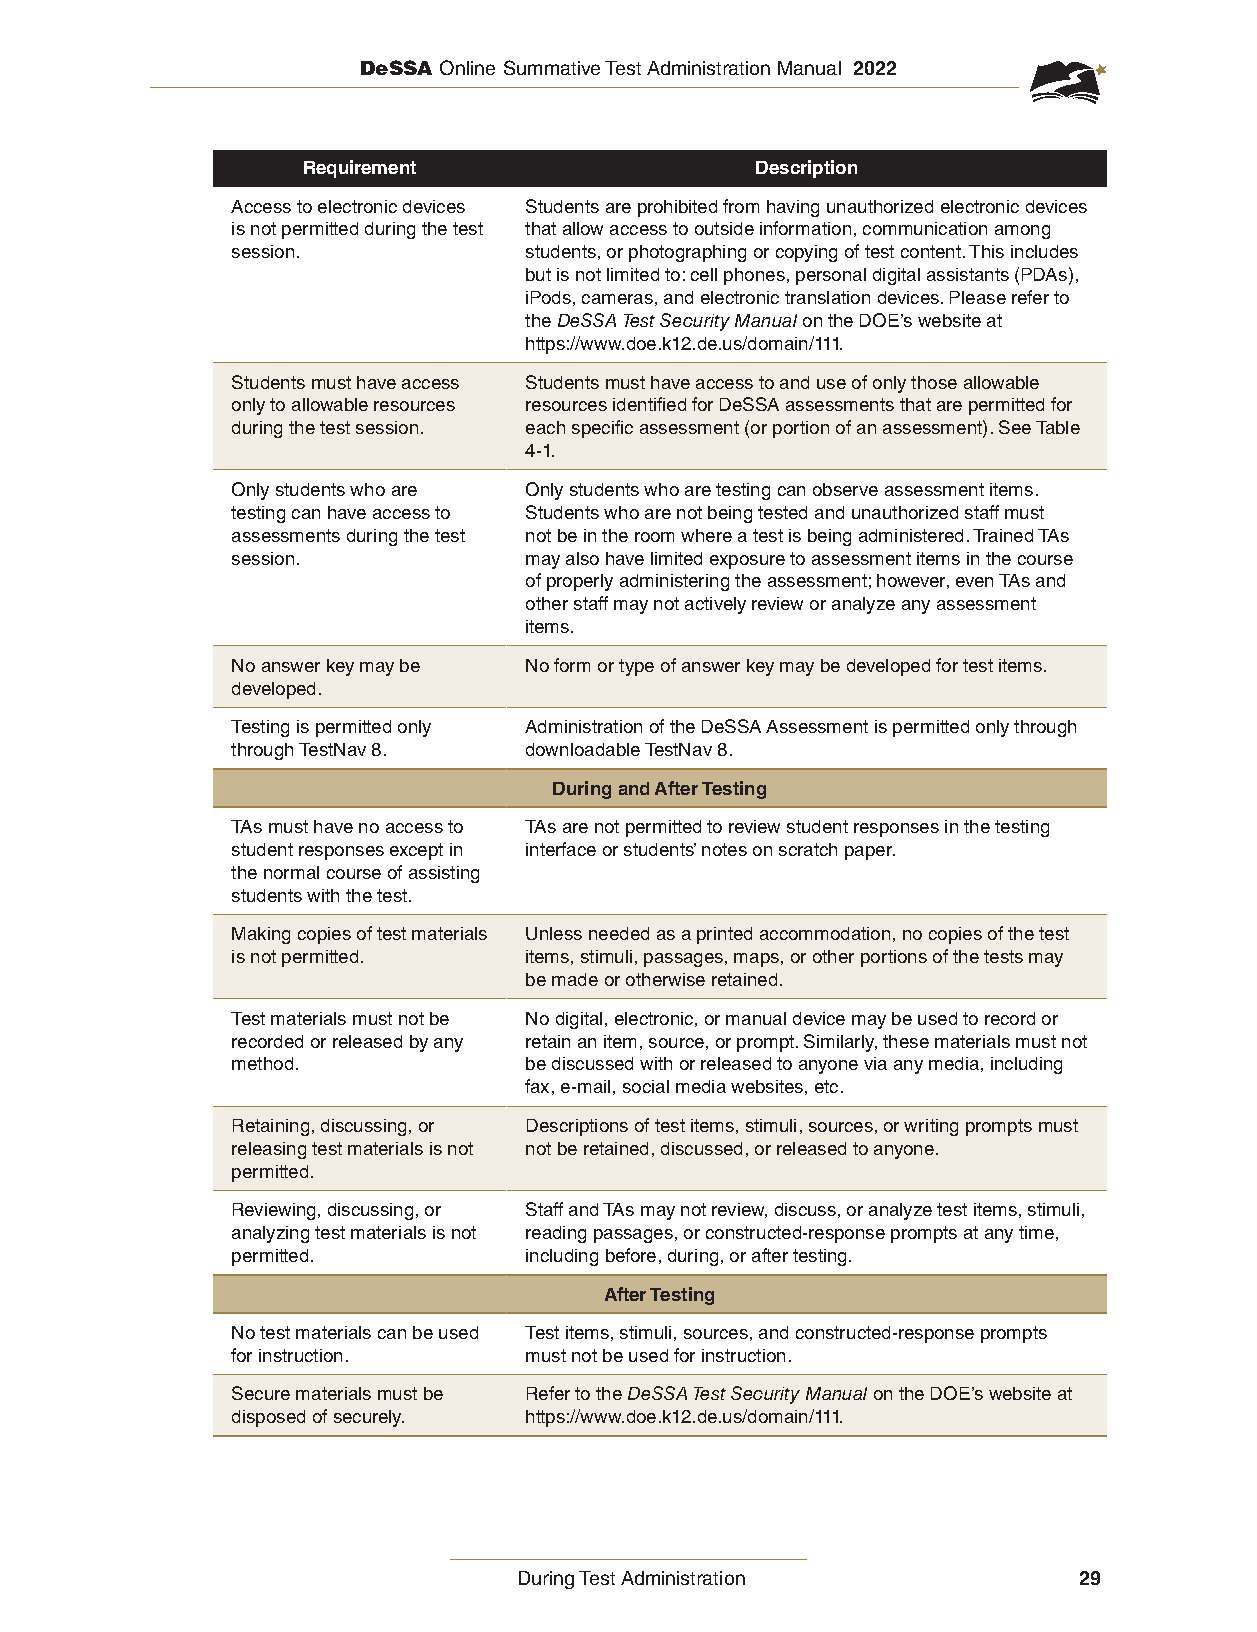
DeSSA Online Summative Test Administration Manual 2022
 Requirement                   Description
 Access to electronic devices Students are prohibited from having unauthorized electronic devices
 is not permitted during the test that allow access to outside information, communication among
 session.            students, or photographing or copying of test content. This includes
 but is not limited to: cell phones, personal digital assistants (PDAs),
 iPods, cameras, and electronic translation devices. Please refer to
 the DeSSA Test Security Manual on the DOE’s website at
 https://www.doe.k12.de.us/domain/111.
 Students must have access Students must have access to and use of only those allowable
 only to allowable resources resources identified for DeSSA assessments that are permitted for
 during the test session. each specific assessment (or portion of an assessment). See Table
 4-1.
 Only students who are Only students who are testing can observe assessment items.
 testing can have access to Students who are not being tested and unauthorized staff must
 assessments during the test not be in the room where a test is being administered. Trained TAs
 session.            may also have limited exposure to assessment items in the course
 of properly administering the assessment; however, even TAs and
 other staff may not actively review or analyze any assessment
 items.
 No answer key may be No form or type of answer key may be developed for test items.
 developed.
 Testing is permitted only Administration of the DeSSA Assessment is permitted only through
 through TestNav 8.  downloadable TestNav 8.
 During and After Testing
 TAs must have no access to TAs are not permitted to review student responses in the testing
 student responses except in interface or students’ notes on scratch paper.
 the normal course of assisting
 students with the test.
 Making copies of test materials Unless needed as a printed accommodation, no copies of the test
 is not permitted.   items, stimuli, passages, maps, or other portions of the tests may
 be made or otherwise retained.
 Test materials must not be No digital, electronic, or manual device may be used to record or
 recorded or released by any retain an item, source, or prompt. Similarly, these materials must not
 method.             be discussed with or released to anyone via any media, including
 fax, e-mail, social media websites, etc.
 Retaining, discussing, or Descriptions of test items, stimuli, sources, or writing prompts must
 releasing test materials is not not be retained, discussed, or released to anyone.
 permitted.
 Reviewing, discussing, or Staff and TAs may not review, discuss, or analyze test items, stimuli,
 analyzing test materials is not reading passages, or constructed-response prompts at any time,
 permitted.          including before, during, or after testing.
 After Testing
 No test materials can be used Test items, stimuli, sources, and constructed-response prompts
 for instruction.    must not be used for instruction.
 Secure materials must be Refer to the DeSSA Test Security Manual on the DOE’s website at
 disposed of securely. https://www.doe.k12.de.us/domain/111.
 During Test Administration           29